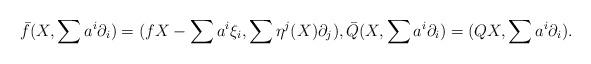
LaTeX: \begin{align*} \bar f(X, \sum a^i\partial_i) = (fX -\sum a^i\xi_i, \sum \eta^j(X)\partial_j), \bar Q(X, \sum a^i\partial_i) = (QX, \sum a^i\partial_i) .\end{align*}